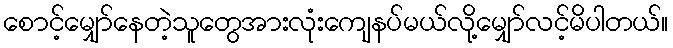
စောင့်မျှော်နေတဲ့သူတွေအားလုံးကျေနပ်မယ်လို့မျှော်လင့်မိပါတယ်။